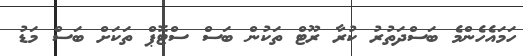
ހަމައެހެންމެ ބަސްދަތުރު ކުރާ ރޫޓް ތަކުން ބަސް ސްޓޮޕް ތަކަށް ބަސް މަޑު